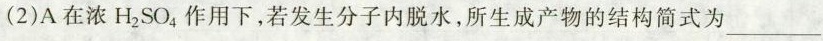
(2)A在浓H_{2}SO_{4}作用下，若发生分子内脱水，所生成产物的结构简式为___